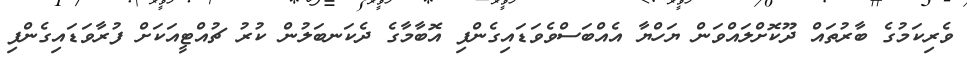
ވެރިކަމުގެ ބާރުތައް ދޫކޮށްލައްވަން ޔަހްޔާ އެއްބަސްވެވަޑައިގެންފި އޮބާމާގެ ދެކަނބަލުން ކުރު ޗުއްޓީއަކަށް ފުރާވަޑައިގެންފި